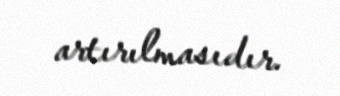
artırılmasıdır.